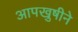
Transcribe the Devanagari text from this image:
आपखुषीने